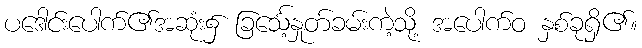
ပဒေါင်းပေါက်၏အဆုံး၌ ခြင်္သေ့နှုတ်ခမ်းကဲ့သို့ အပေါက်ဝ နှစ်ခုရှိ၏။